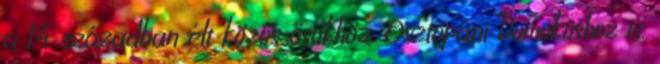
a 14. században élt közös ősükhöz, Osztopáni Domokoshoz is.